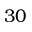
3 0